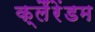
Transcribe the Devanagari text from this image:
क्लैंरेंडम